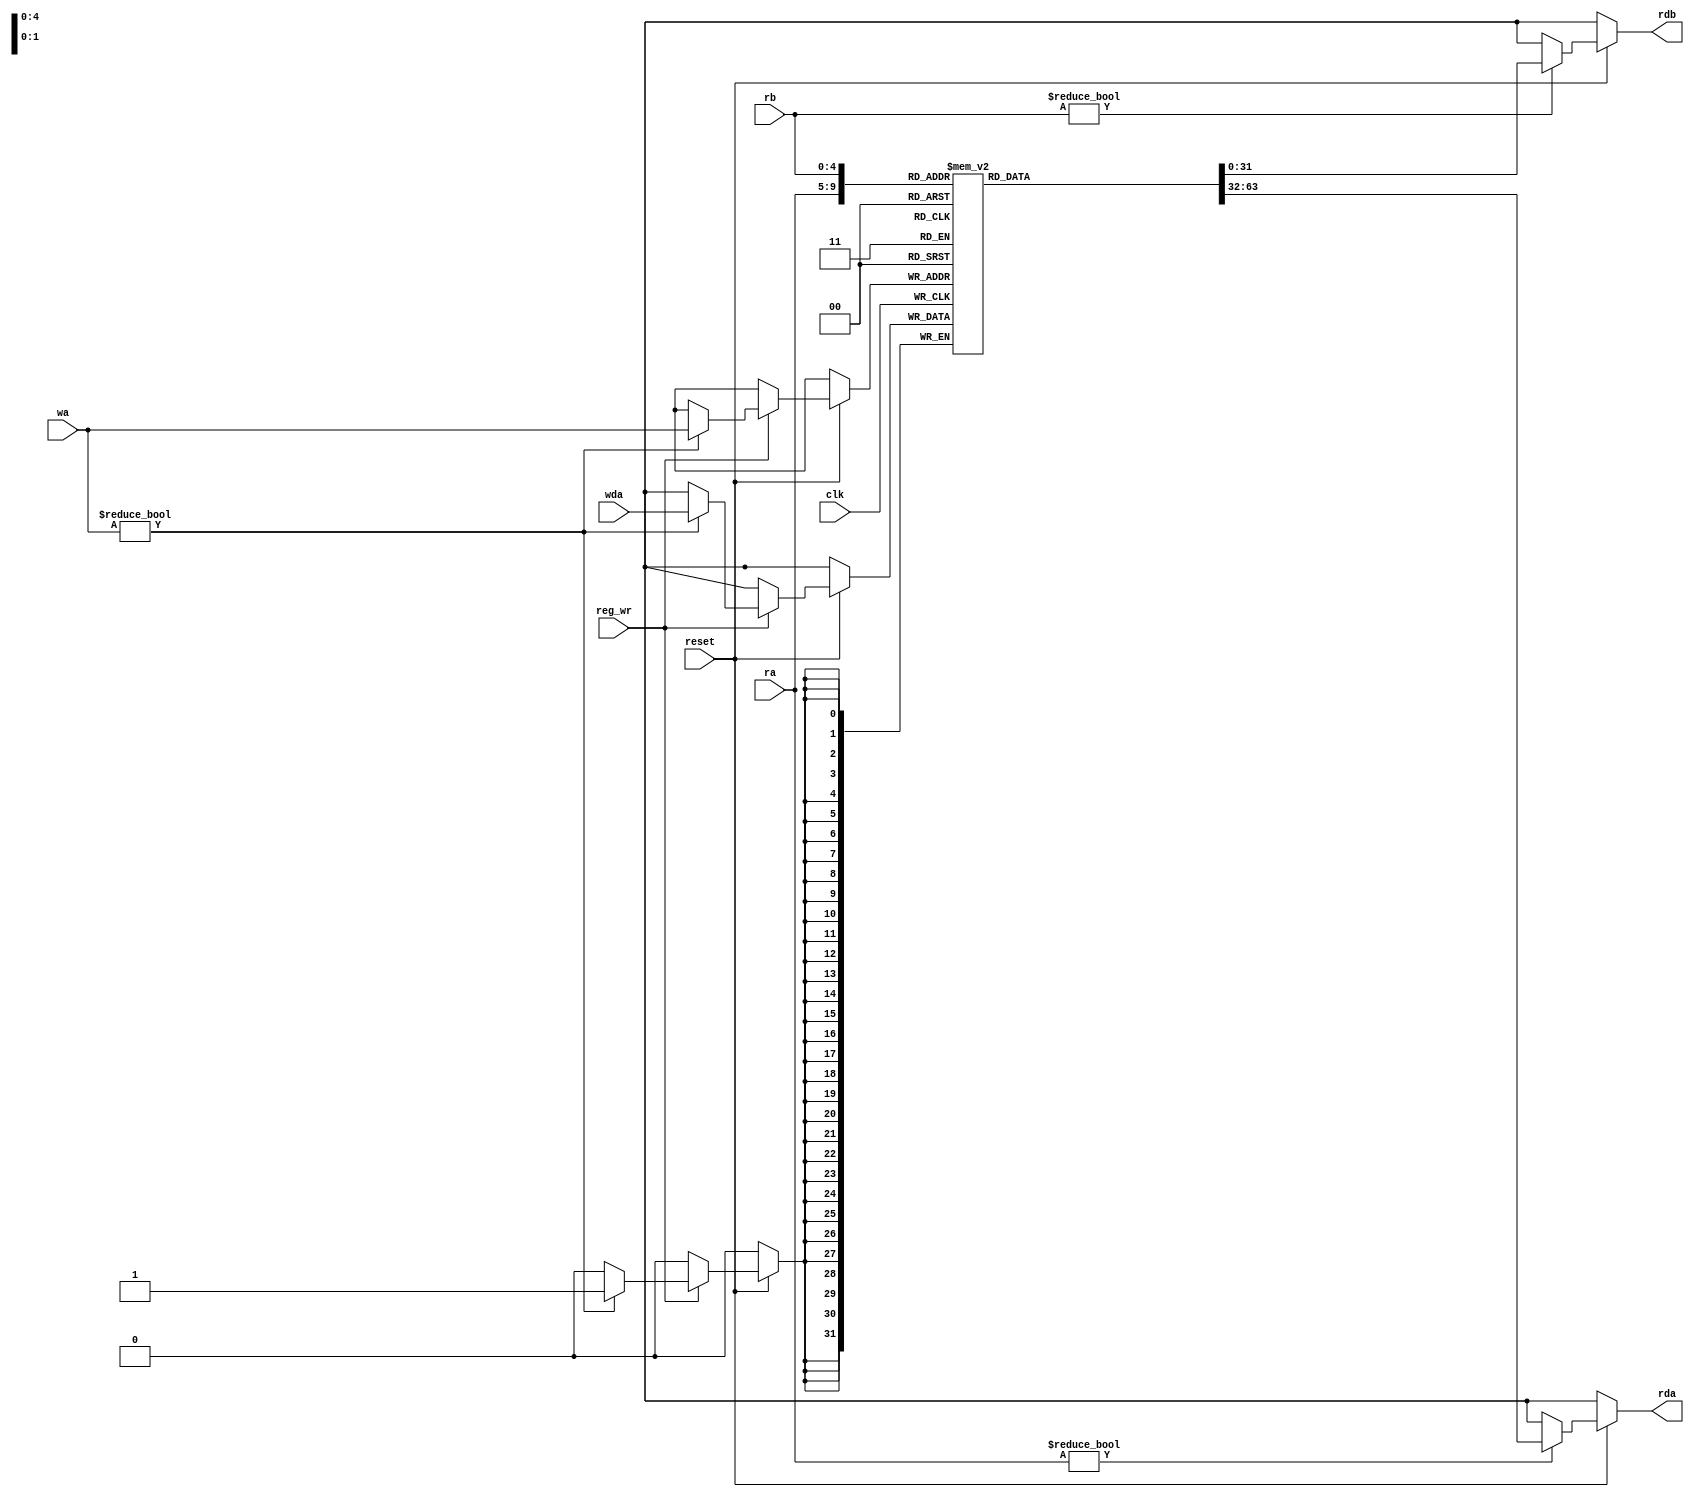
`timescale 1ns / 1ps
//////////////////////////////////////////////////////////////////////////////////
// Company: 
// Engineer: 
// 
// Design Name: 
// Module Name:    reg_file 
// Project Name: 
// Target Devices: 
// Tool versions: 
// Description: 
//
// Dependencies: 
//
// Revision: 
// Revision 0.01 - File Created
// Additional Comments: 
//
//////////////////////////////////////////////////////////////////////////////////
// Generated by MyHDL 0.11


`timescale 1ns/10ps

module reg_file (
    reset,
    clk,
    ra,
    rb,
    wa,
    wda,
    reg_wr,
    rda,
    rdb
);


input reset;
input [0:0] clk;
input [4:0] ra;
input [4:0] rb;
input [4:0] wa;
input [31:0] wda;
input [0:0] reg_wr;
output [31:0] rda;
reg [31:0] rda1;
output [31:0] rdb;
reg [31:0] rdb1;

reg [31:0] registers [0:32-1];
/*
integer i;
for(i=10;i<42;i=i+1)begin
	registers[i]=32'bi;
end
*/

always @(registers[0], registers[1], registers[2], registers[3], registers[4], registers[5], registers[6], registers[7], registers[8], registers[9], registers[10], registers[11], registers[12], registers[13], registers[14], registers[15], registers[16], registers[17], registers[18], registers[19], registers[20], registers[21], registers[22], registers[23], registers[24], registers[25], registers[26], registers[27], registers[28], registers[29], registers[30], registers[31], reset,ra,rb) begin: REG_FILE_READ
    if ((reset == 1)) begin
        if (ra) begin
            rda1 <= registers[ra];
        end
        //
        else begin
            rda1<=32'bX;
        end
        //
        if (rb) begin
            rdb1 <= registers[rb];
        end
        //
        else begin
            rdb1<=32'bX;
        end
    end
    else begin
        rdb1<=32'bX;
        rda1<=32'bX;
    end
end


always @(posedge clk) begin: REG_FILE_WRITE
    if ((reset == 1)) begin
        if (reg_wr==1) begin
            if(wa)
                registers[wa] <= wda;
        end
    end
       
end
assign rda=rda1;
assign rdb=rdb1;

endmodule